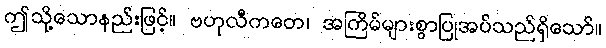
ဤသို့သောနည်းဖြင့်။ ဗဟုလီကတေ၊ အကြိမ်များစွာပြုအပ်သည်ရှိသော်။